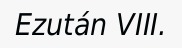
Ezután VIII.